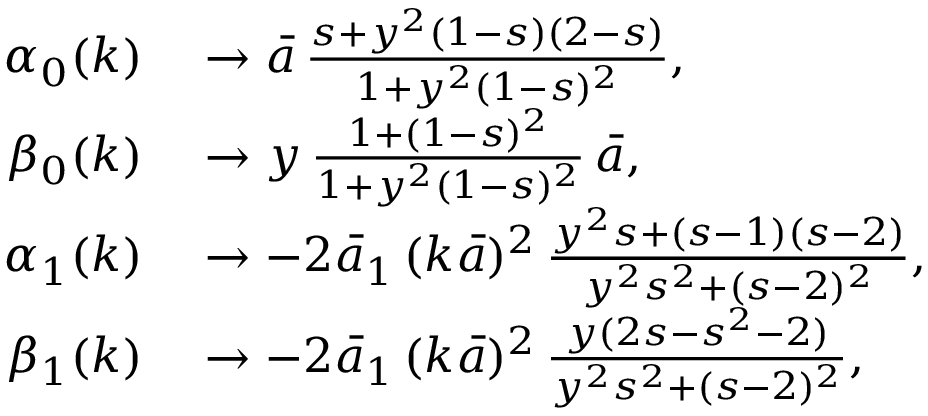
\begin{array} { r l } { \alpha _ { 0 } ( k ) } & { { } \to \bar { a } \, \frac { s + y ^ { 2 } ( 1 - s ) ( 2 - s ) } { 1 + y ^ { 2 } ( 1 - s ) ^ { 2 } } , } \\ { \beta _ { 0 } ( k ) } & { { } \to y \, \frac { 1 + ( 1 - s ) ^ { 2 } } { 1 + y ^ { 2 } ( 1 - s ) ^ { 2 } } \, \bar { a } , } \\ { \alpha _ { 1 } ( k ) } & { { } \to - 2 \bar { a } _ { 1 } \, ( k \bar { a } ) ^ { 2 } \, \frac { y ^ { 2 } s + ( s - 1 ) ( s - 2 ) } { y ^ { 2 } s ^ { 2 } + ( s - 2 ) ^ { 2 } } , } \\ { \beta _ { 1 } ( k ) } & { { } \to - 2 \bar { a } _ { 1 } \, ( k \bar { a } ) ^ { 2 } \, \frac { y ( 2 s - s ^ { 2 } - 2 ) } { y ^ { 2 } s ^ { 2 } + ( s - 2 ) ^ { 2 } } , } \end{array}